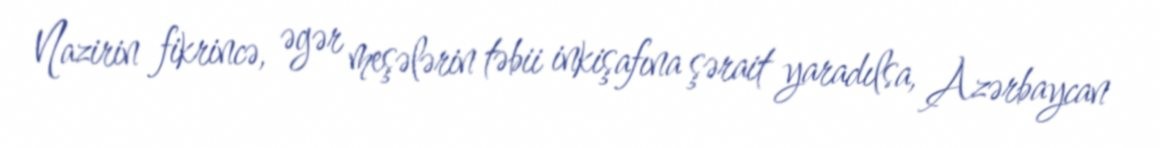
Nazirin fikrincə, əgər meşələrin təbii inkişafına şərait yaradılsa, Azərbaycan